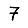
Digit: 7